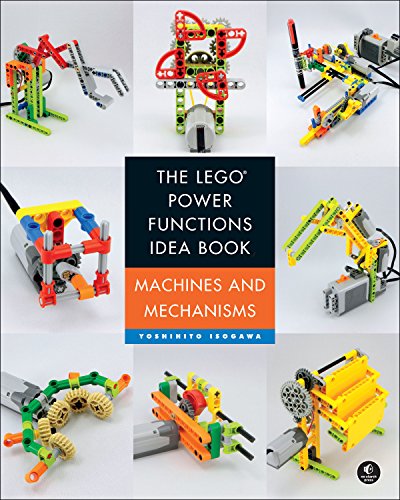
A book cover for The LEGO Power Functions Idea Book, Vol. 1: Machines and Mechanisms; Yoshihito Isogawa; Engineering & Transportation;